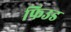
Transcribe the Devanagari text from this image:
फिउड